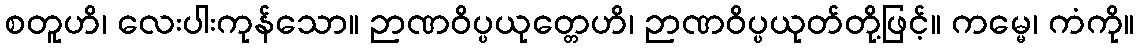
စတူဟိ၊ လေးပါးကုန်သော။ ဉာဏဝိပ္ပယုတ္တေဟိ၊ ဉာဏဝိပ္ပယုတ်တို့ဖြင့်။ ကမ္မေ၊ ကံကို။